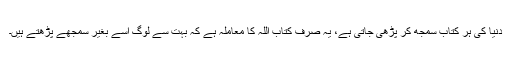
دنیا کی ہر کتاب سمجھ کر پڑھی جاتی ہے، یہ صرف کتاب اللہ کا معاملہ ہے کہ بہت سے لوگ اسے بغیر سمجھے پڑھتے ہیں۔